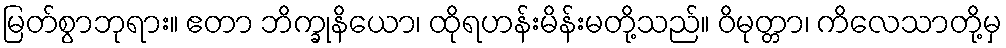
မြတ်စွာဘုရား။ ဧတာ ဘိက္ခုနိယော၊ ထိုရဟန်းမိန်းမတို့သည်။ ဝိမုတ္တာ၊ ကိလေသာတို့မှ